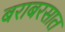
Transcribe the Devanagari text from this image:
बराबरसात